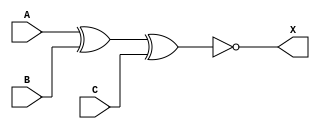
module sky130_fd_sc_ms__xnor3 (
    X,
    A,
    B,
    C
);

    // Module ports
    output X;
    input  A;
    input  B;
    input  C;

    // Local signals
    wire xnor0_out_X;

    //   Name   Output       Other arguments
    xnor xnor0 (xnor0_out_X, A, B, C        );
    buf  buf0  (X          , xnor0_out_X    );

endmodule